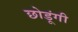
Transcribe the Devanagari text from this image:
छोडूंगी